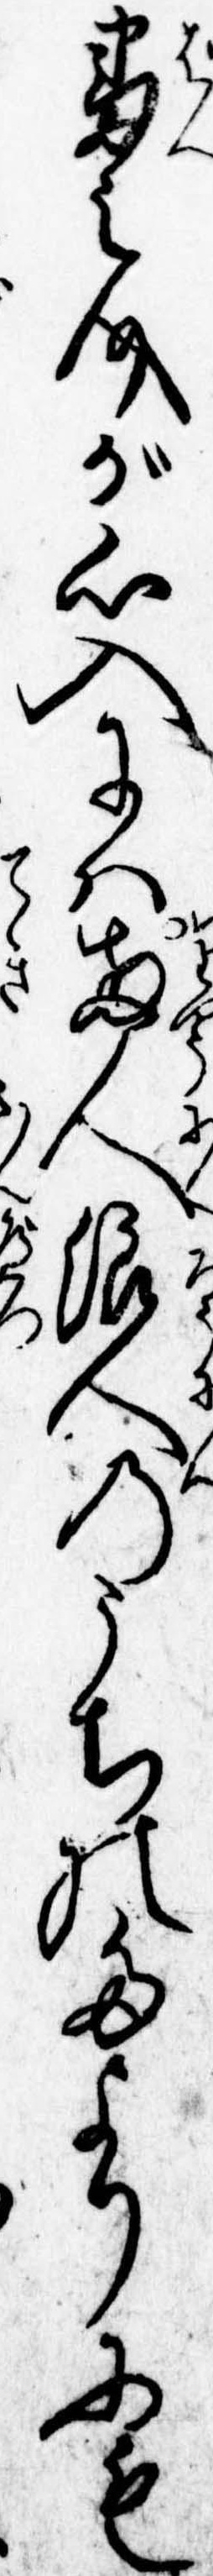
番之介が心入には両人浪人のうちのたよりにも